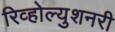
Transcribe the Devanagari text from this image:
रिव्होल्युशनरी